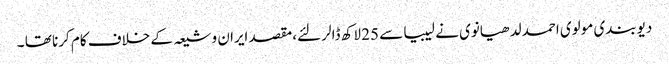
دیوبندی مولوی احمد لدھیانوی نے لیبیا سے 25 لاکھ ڈالر لئے،مقصد ایران و شیعہ کے خلاف کام کرنا تھا ۔